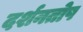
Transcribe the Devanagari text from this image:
दर्शनतोष